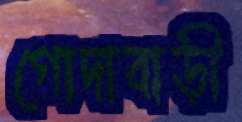
গোদাবাড়ী